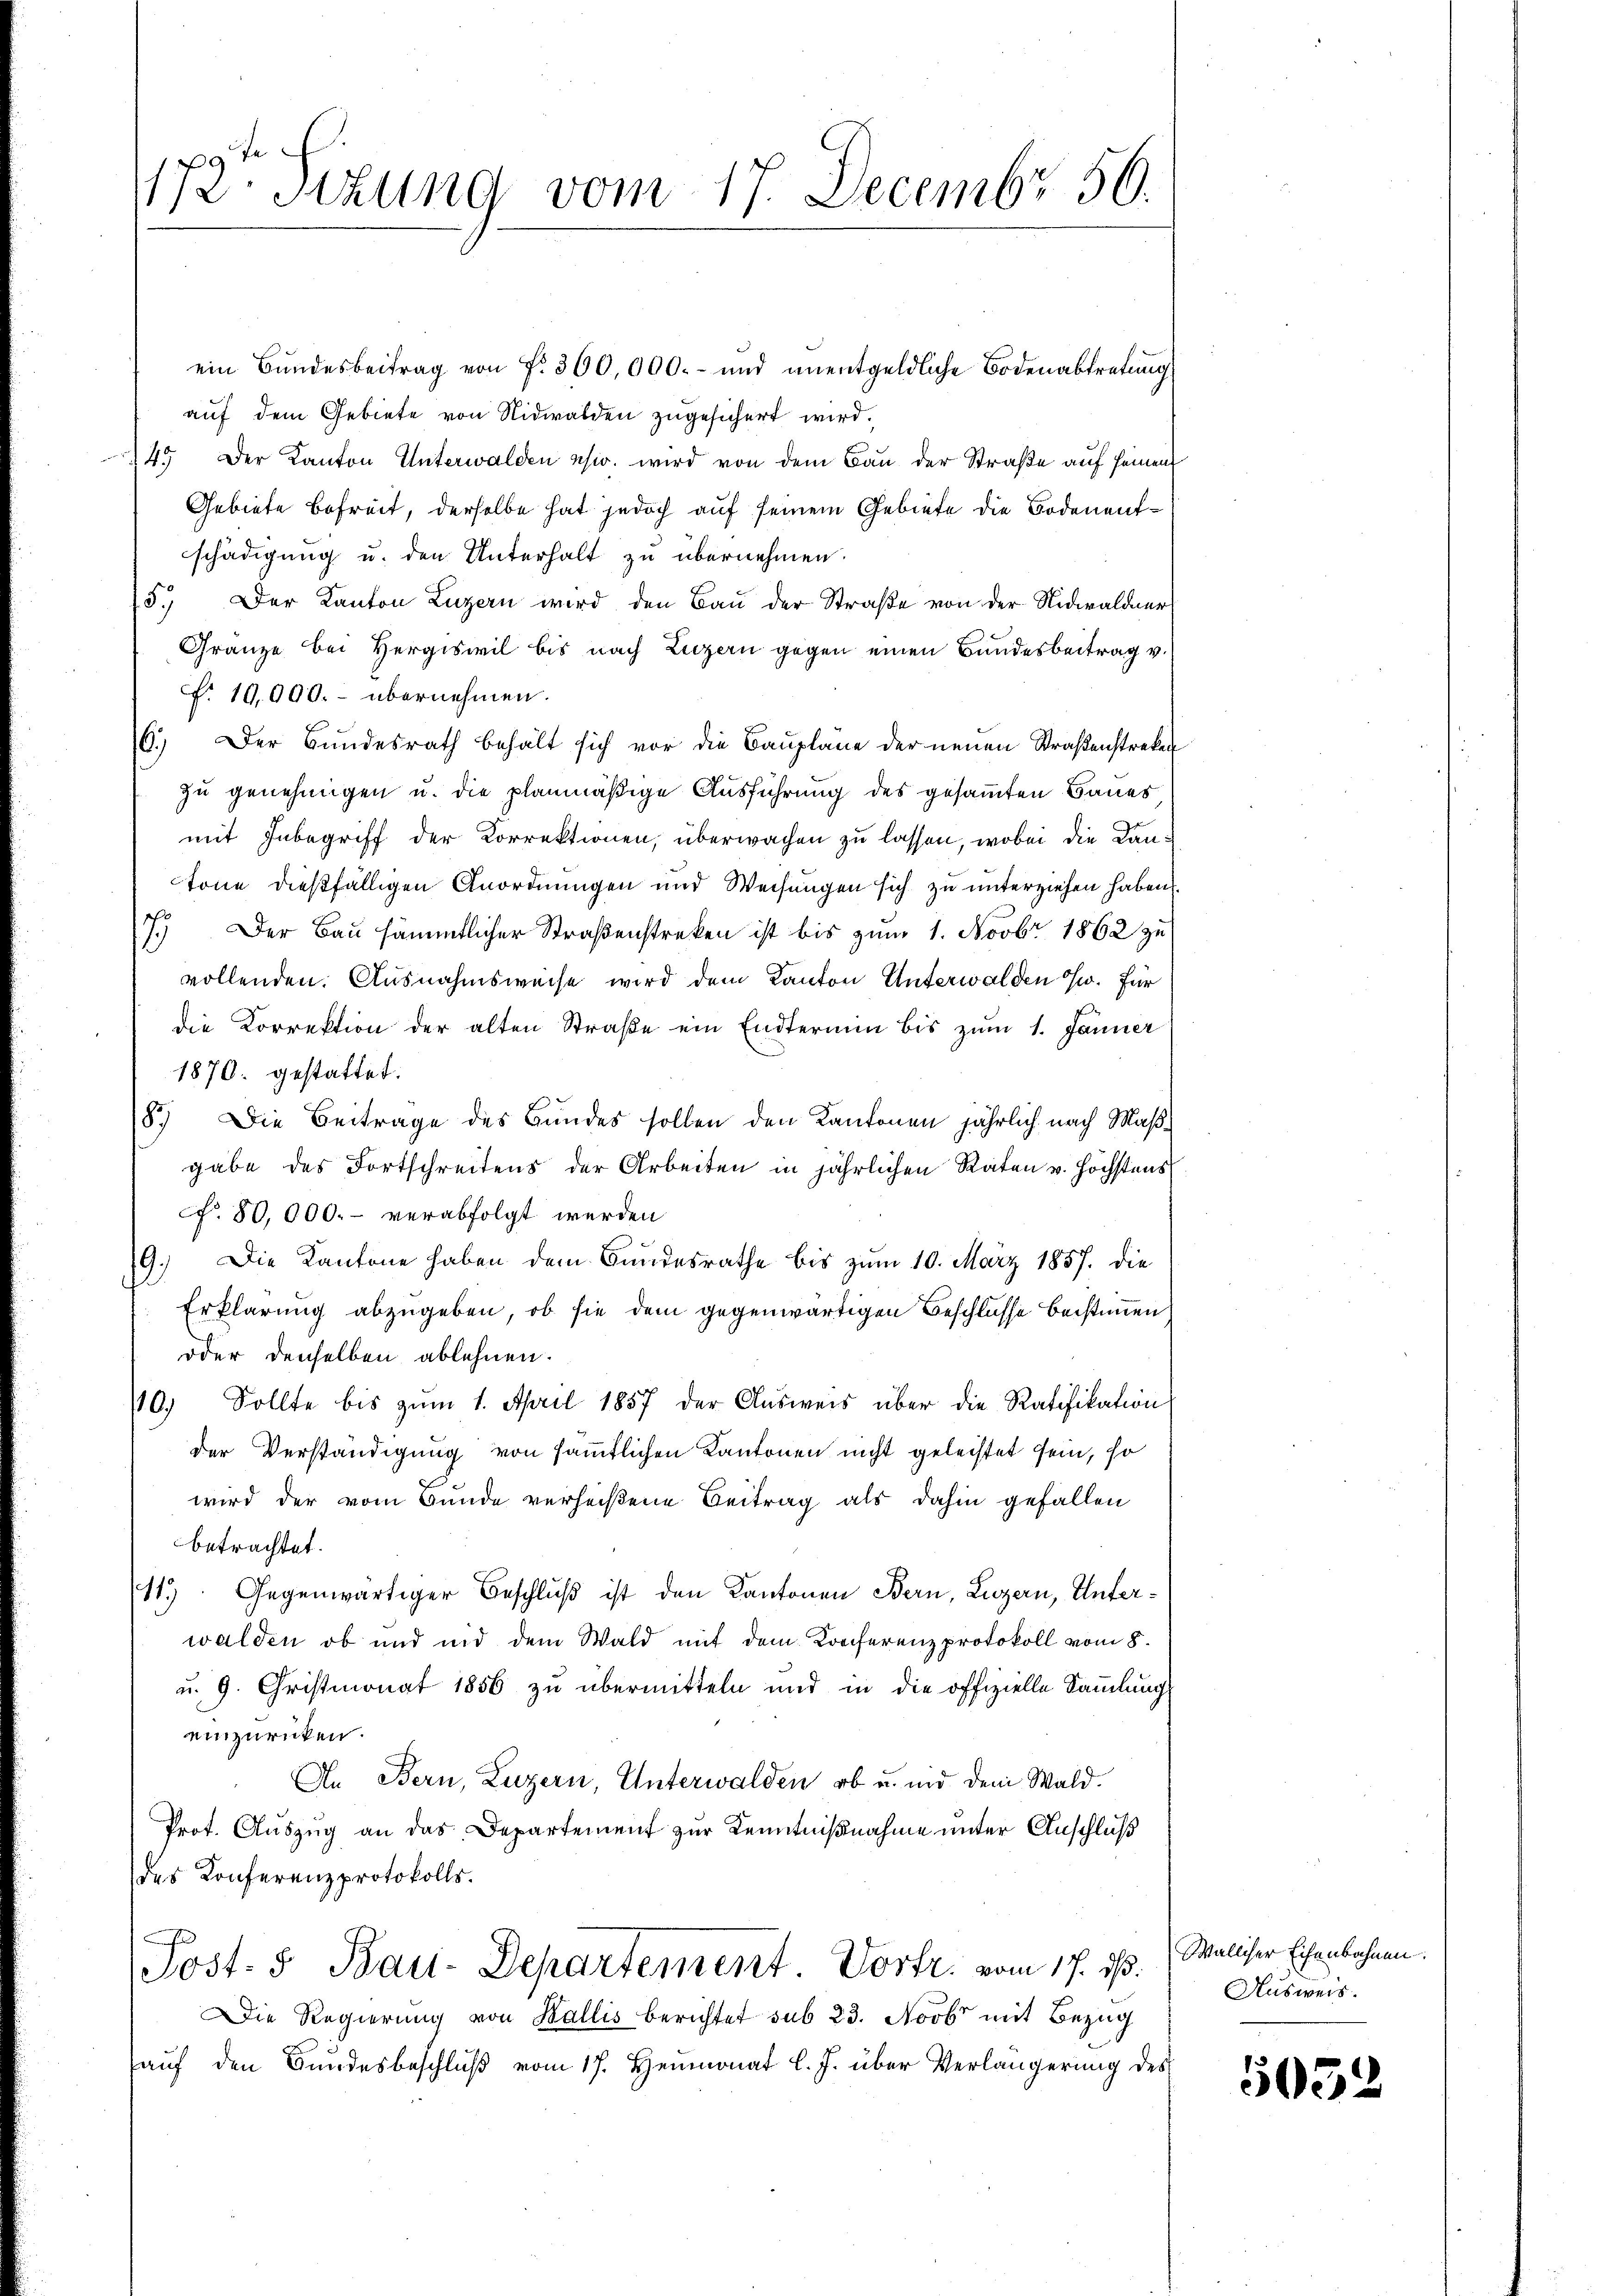
172. Sitzung vom 17. Decembr 56.

ein Bundesbeitrag von Fr. 300,000.- und ŭnentgeldliche Bodenabtretung
auf dem Gebiete von Nidwalden zugesichert wird.
45. Der Kanton Unterwalden usw. wird von dem Bau der Straße auf seinen
Gebiete Befreit, derselbe hat jedoch auf seinem Gebiete die Bodenentschädigung u. den Unterhalt zu übernehmen.
15.) Der Kanton Luzern wird den Bau der Straße von der Nidwaldner
Gränze bei Hergiswil bis nach Luzern gegen einen Bundesbeitrag v.
f. 10,000.- übernehmen.
6.) Der Bundesrath behält sich vor die Baupläne der neuen Straßenstreke
zu genehmigen u. die planmäßige Ausführung des gesamten Baues
mit Inbegriff der Korrektionen, überwachen zu lassen, wobei die Kantone dießfälligen Anordnungen und Weisungen sich zu unterziehen haben.
7.) Der Bau sämmtlicher Straßenstreken ist bis zum 1. Novbr 1862 zu
vollenden. Ausnahmsweise wird dem Kanton Unterwalden w. für
die Correktion der alten Straβe ein Endtermin bis zŭm 1. Jänner
1870. gestattet.
8.) Die Beitrage des Bundes sollen den Kantonen jährlich nach Maßgabe des Fortschreitens der Arbeiten in jährlichen Raten u. höchstens
cf. 80,000.- verabfolgt werden
19.) Die Kantone haben dem Bundesrathe bis zum 10. März 1857. die
Erklärung abzugeben, ob sie dem gegenwärtigen Beschlusse beistimmen
oder denselben ablehnen.
/10. Sollte bis zŭm 1. April 1857 der Aŭsweis über die Ratifikation
der Verständigung von sämmtlichen Kantonen nicht geleistet sein, so
wird der vom Bunde verheißene Beitrag als dahin gefallen
betrachtet.
11.) Gegenwärtiger Beschluß ist den Kantonen Bern, Luzern, Unterwalden, ob und nid dem Wald mit dem Konferenzprotokoll vom 8.
u. 9. Christmonat 1856 zu übermitteln und in die offizielle Sammlung
einzuricken.
An Bern, Luzern, Unterwalden, ob u. und dem Wald.
Prot. Auszug an das Departement zur Kenntnißnahme unter Anschluß
des Konferenzprotokolls.
Post- & Bau-Departement Vortr. vom 17. dß. (Welicher Eisenbahnen.
Die Regierung von Wallis berichtet sub 23. Novbr mit Bezug
auf den Bundesbeschluß vom 17. Heumonat l. J. über Verlängerung des

Ausweis.

5052